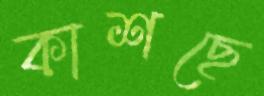
কাশছে